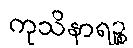
ကုသိနာရဉ္စ